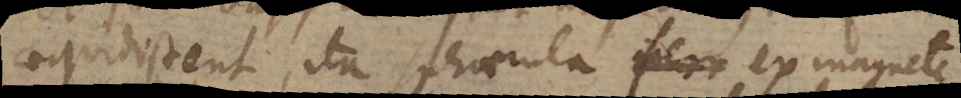
aequidistent, ita sphaerula ex magnete